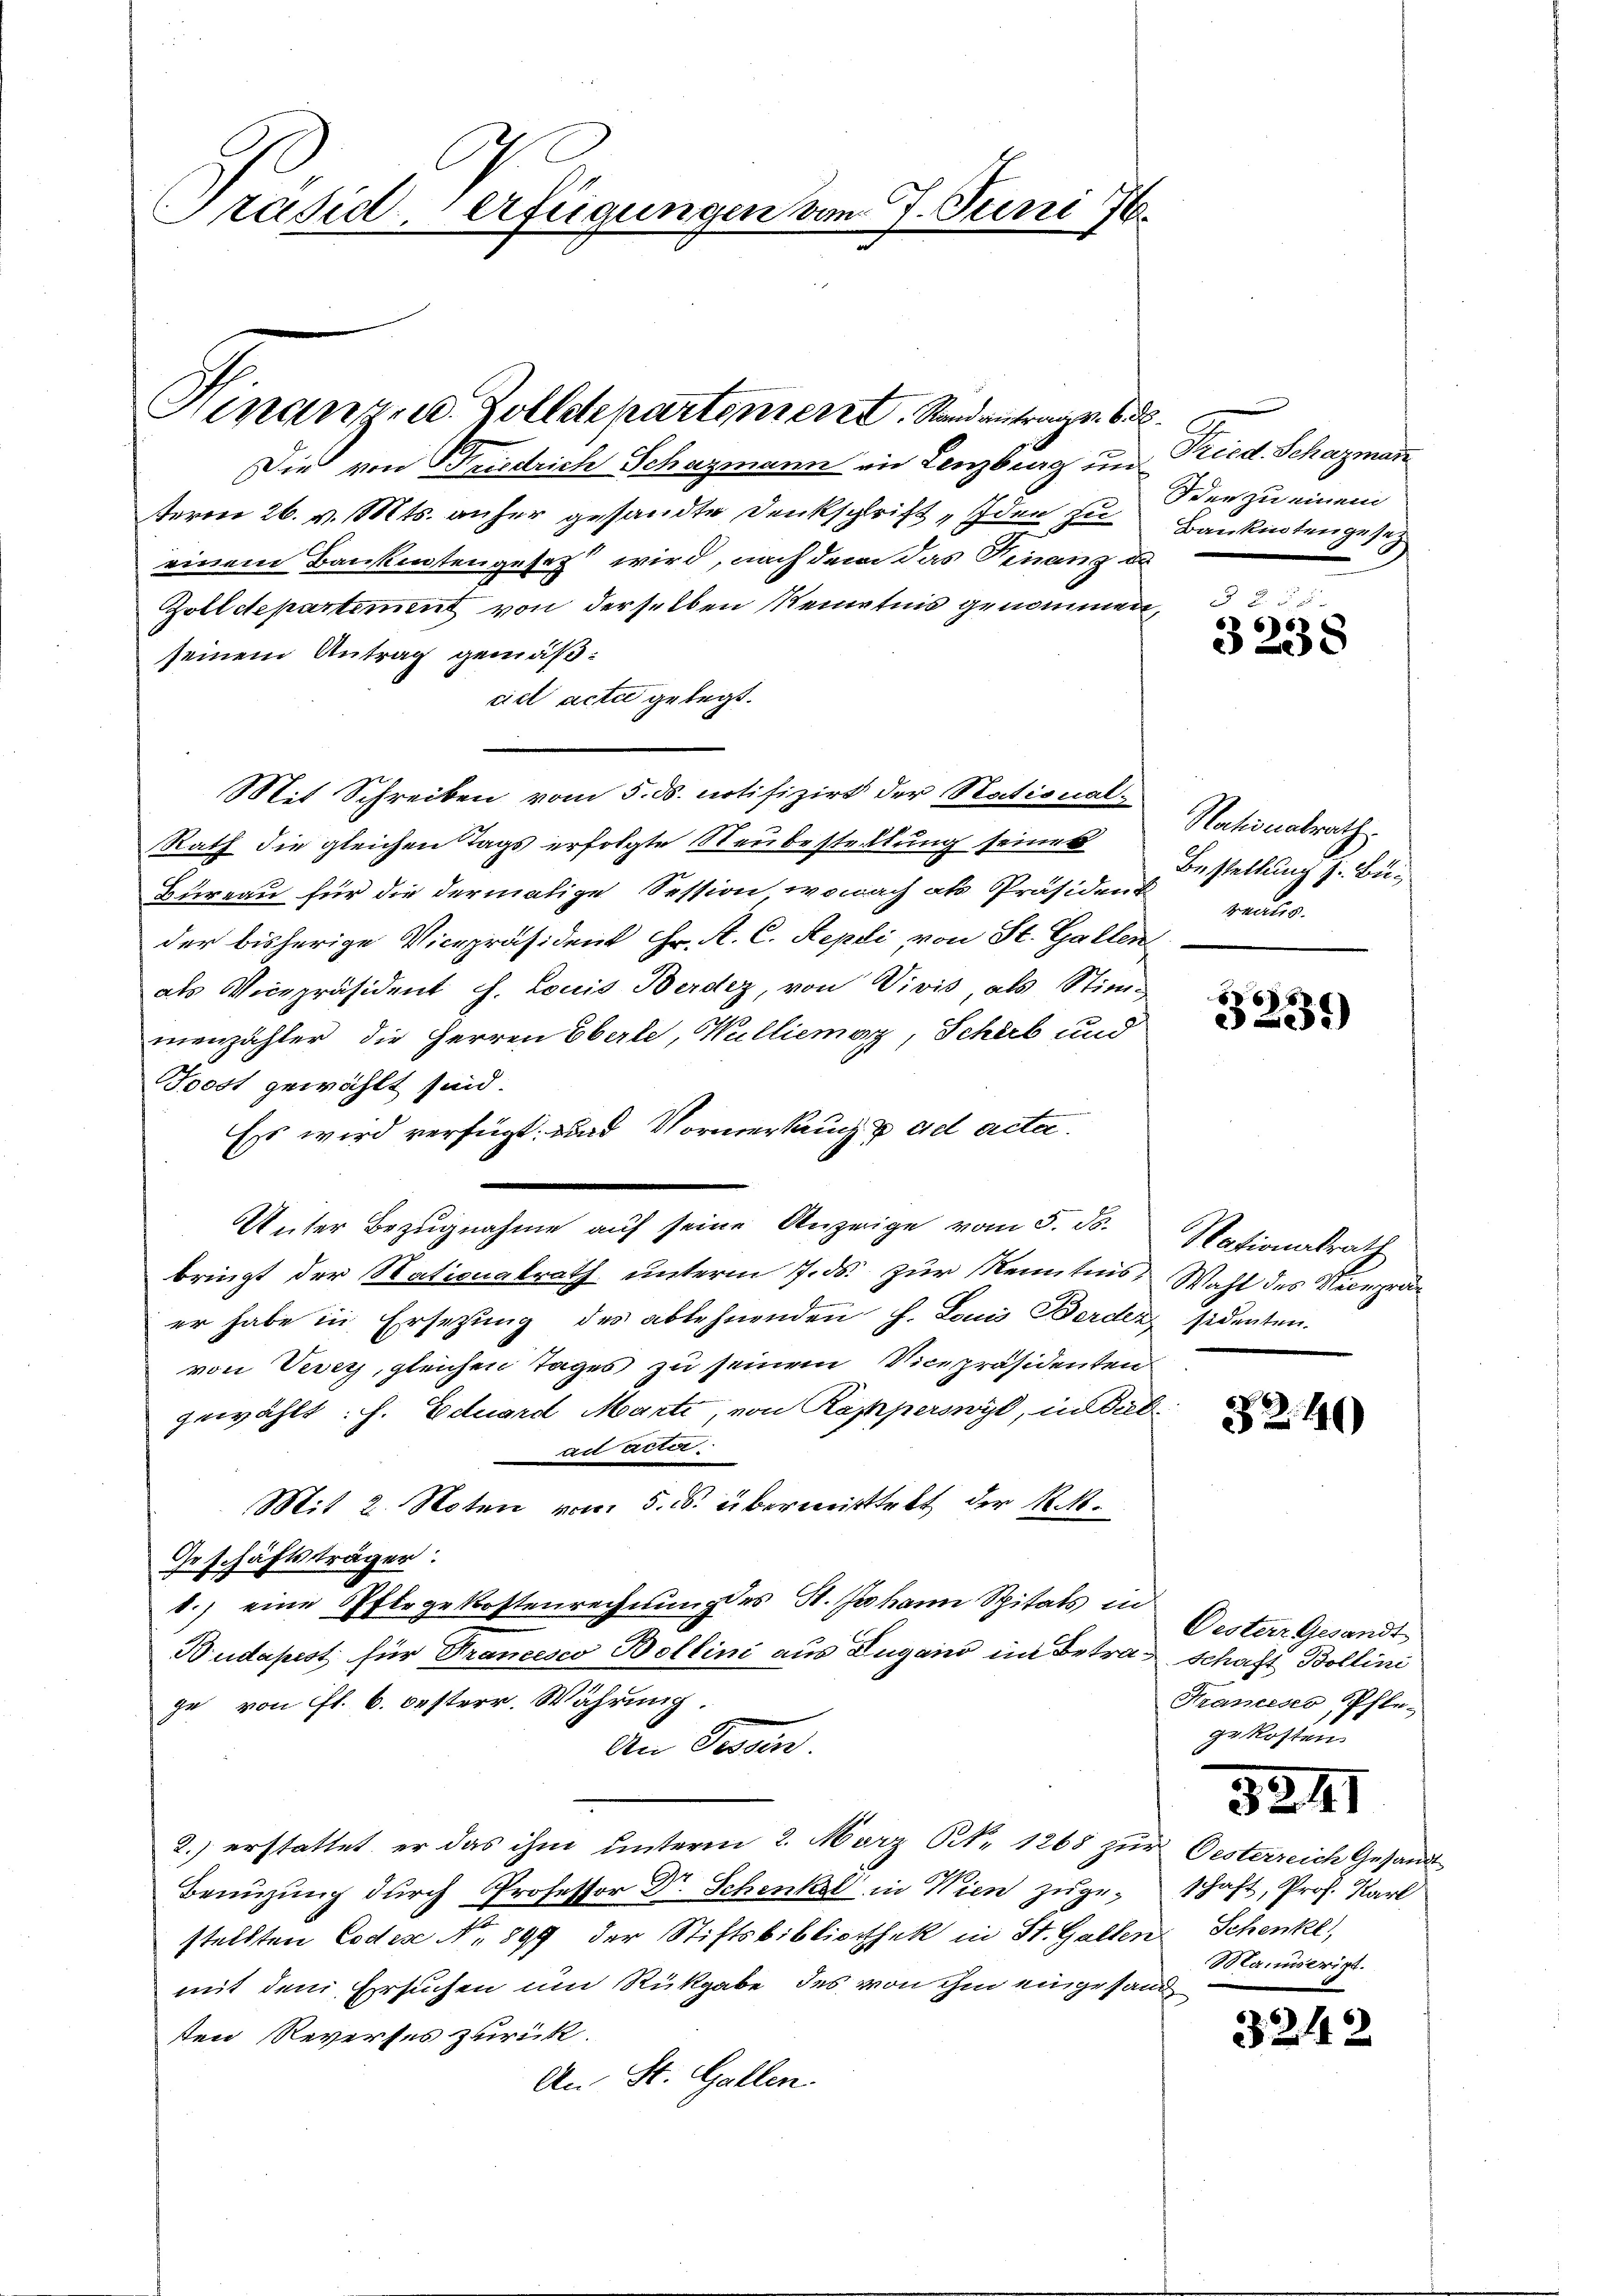
Präsid, erfügungen vom 7. Juni 16.

Hinanze u. Zolletepartement. Stand antrag v. 6. d.

Die von Friedrich Schazmann in Lenzburg und Fried. Schazman
term 26. v. Mts. anher gesandte Denkschrift „Iden zu Banknoten gesetz
einem Bankentengesetz wird, nach dem das Finanz d
Zolldepartement von derselben Kenntnis genommen,
seinem Antrag gemäßad acte gelegt.
Mit Schreiben vom 5. ds. notifizirt der National-
Rath die gleichen Tags erfolgte Neubestellung seiner
Bureau für die dermalige Session, wonach als Präsidend
der bisherige Vicepräsident Hr. A. C. Repli von St. Gallen
als Vicepräsident J. Louis Berdiz, von Vivis, als Stimmenzähler, die Herren Oberle, Wulliemer, Schieb und
Boost gewählt sind.
Es wird verfügt: und Vormerkug  ad acta
Unter Bezŭgnahme aŭf seine Anzeige vom 5. ds. Nationalrath
bringt der Nationalrath unterm 17. ds. zur Kenntnis, Wahl des Viceprä
er habe in Ersetzung des ablehnenden J. Louis Berden, sidenten.
von Vevey, gleichen Tages zu seinem Vicepräsidenten
gewählt: f. Eduard Marti, von Rapperswyl, in Dieban acter.
Mit 2. Noten vom 5. ds. übermittelt der N. N.
Geschäftsträger:
8.) eine Pfergekostenrechnung des St. Johann Spitals in
Budapest für Trancesco Bollini aus Lugano im Betrag schaft Bollini
ge von fl. 6. besterr. Währung.
An Dissen.
2.) erstattet, er das ihm unterm 2. März N. 1268 zŭr Gesterreich Gesandt
Benüzung durch Professor Dr. Schenkel in Wien zugeschaft, Prof. Karl
stellten Codese Nr. 899 der Stiftsbibliothek in St. Gallen
mit dem Ersuchen um Rückgabe des von ihm eingesan
sten Reverses zurück.
An St. Gallen.

dden zu einem

§ 255
3238

Nationalrath.
Bestellung z. Buraulis.

88
5239)

32.40)

Oesterr Gesandt
Francesco, Pflegekosten.

324

Schenke
Maierigt.

3242